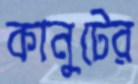
কানুটের